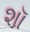
શૉ